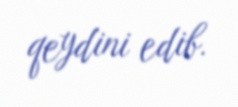
qeydini edib.